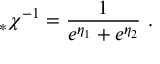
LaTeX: _ * \chi ^ { - 1 } = \frac { 1 } { e ^ { \eta _ { 1 } } + e ^ { \eta _ { 2 } } } \, \, .